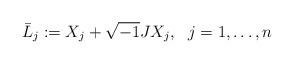
LaTeX: \begin{align*} \bar L_j:= X_j + \sqrt{-1} JX_j , ~~j=1, \ldots, n \end{align*}